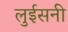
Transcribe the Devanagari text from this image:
लुईसनी